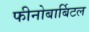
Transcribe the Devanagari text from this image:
फीनोबार्बिटल